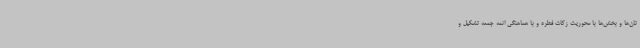
تان‌ها و بخش‌ها با محوریت زکات فطره و با هماهنگی ائمه جمعه تشکیل و